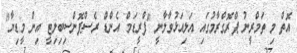
އޮތް މި ތަމްރީނު ޕްރޮގްރާމުގައި އަލިއަޅުވާލާނީ "ފްރީޑަމް އެންޑް ރެސްޕޮންސިބިލިޓީ އިން މީޑިޔާ"